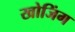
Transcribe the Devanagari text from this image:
खोजिंग